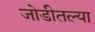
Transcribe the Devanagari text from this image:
जोडीतल्या